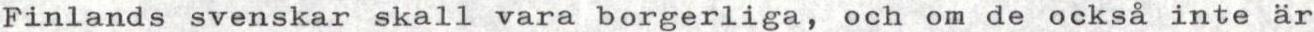
Finlands svenskar skall vara borgerliga, och om de också inte är